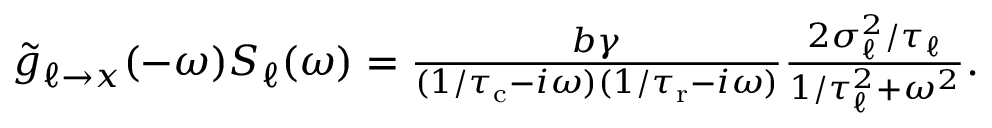
\begin{array} { r } { \tilde { g } _ { \ell \to x } ( - \omega ) S _ { \ell } ( \omega ) = \frac { b \gamma } { ( 1 / { \tau _ { \mathrm { c } } } - i \omega ) ( 1 / { \tau _ { \mathrm { r } } } - i \omega ) } \frac { 2 \sigma _ { \ell } ^ { 2 } / \tau _ { \ell } } { 1 / \tau _ { \ell } ^ { 2 } + \omega ^ { 2 } } . } \end{array}